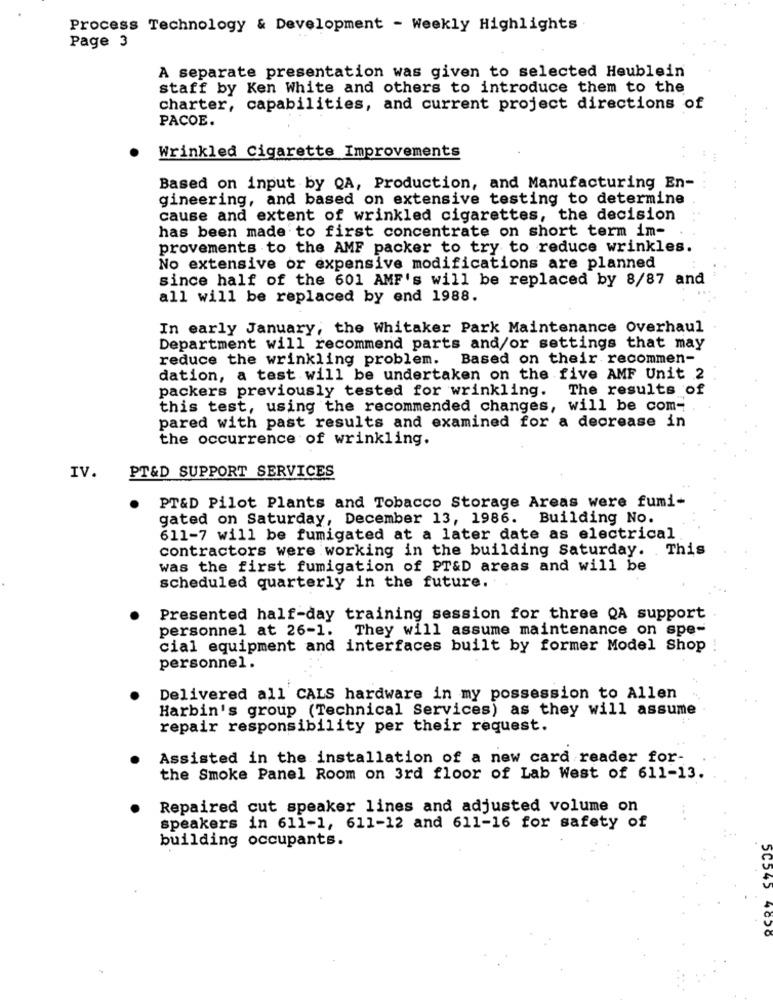
Process Technology & Development - Weekly Highlights
Page 3
A separate presentation was given to selected Heublein
staff by Ken White and others to introduce them to the
charter, capabilities, and current project directions of
PACOE.
Wrinkled Cigarette Improvements
Based on input by QA, Production, and Manufacturing En-
gineering, and based on extensive testing to determine
cause and extent of wrinkled cigarettes, the decision
has been made to first concentrate on short term im-
provements to the AMF packer to try to reduce wrinkles.
No extensive or expensive modifications are planned
since half of the 601 AMF's will be replaced by 8/87 and
all will be replaced by end 1988.
In early January, the Whitaker Park Maintenance Overhaul
Department will recommend parts and/or settings that may
reduce the wrinkling problem. Based on their recommen-
dation, a test will be undertaken on the five AMF Unit 2
packers previously tested for wrinkling. The results of
this test, using the recommended changes, will be com-
pared with past results and examined for a decrease in
the occurrence of wrinkling.
PT&D SUPPORT SERVICES
IV.
PT&D Pilot Plants and Tobacco Storage Areas were fumi-
gated on Saturday, December 13, 1986. Building No.
611-7 will be fumigated at a later date as electrical
contractors were working in the building Saturday. This
was the first fumigation of PT&D areas and will be
scheduled quarterly in the future.
Presented half-day training session for three QA support
personnel at 26-1. They will assume maintenance on spe-
cial equipment and interfaces built by former Model Shop
personnel.
Delivered all CALS hardware in my possession to Allen
Harbin's group (Technical Services) as they will assume
repair responsibility per their request.
Assisted in the installation of a new card reader for-
the Smoke Panel Room on 3rd floor of Lab West of 611-13.
Repaired cut speaker lines and adjusted volume on
speakers in 611-1, 611-12 and 611-16 for safety of
building occupants.
5C545